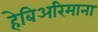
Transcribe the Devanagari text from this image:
हेबिअरिमाना